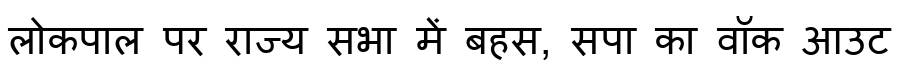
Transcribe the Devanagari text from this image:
लोकपाल पर राज्य सभा में बहस, सपा का वॉक आउट